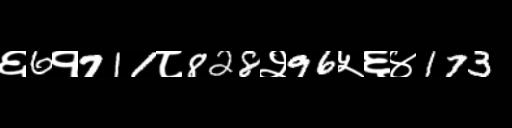
Text: ६6१711८828२96५६४173